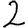
Digit: 2